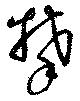
攀